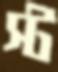
স্ট